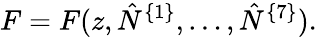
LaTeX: F=F(z,\hat{N}^{\{ 1\} },\ldots,\hat{N}^{\{ 7\} }).